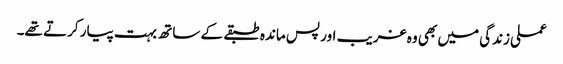
عملی زندگی میں بھی وہ غریب اور پس ماندہ طبقے کے ساتھ بہت پیار کرتے تھے۔